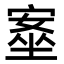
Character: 㝧